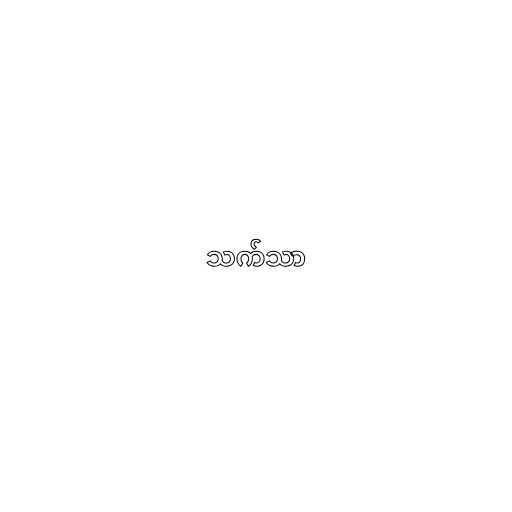
သက်သာ